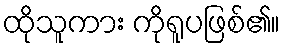
ထိုသူကား ကိုရူပဖြစ်၏။